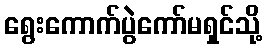
ရွေးကောက်ပွဲကော်မရှင်သို့